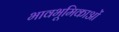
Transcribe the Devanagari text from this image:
भावभूमिकाओं